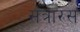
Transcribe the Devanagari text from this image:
संत्रारस